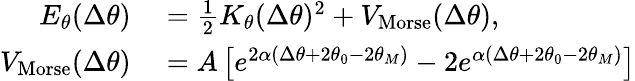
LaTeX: \begin{array}{rl}{E_{\theta}(\Delta\theta)}&{{}=\frac{1}{2}K_{\theta}(\Delta\theta)^{2}+V_{\mathrm{Morse}}(\Delta\theta),}\\ {V_{\mathrm{Morse}}(\Delta\theta)}&{{}=A\left[e^{2\alpha(\Delta\theta+2\theta_{0}-2\theta_{M})}-2e^{\alpha(\Delta\theta+2\theta_{0}-2\theta_{M})}\right]}\end{array}